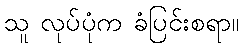
သူ လုပ်ပုံက ခံပြင်းစရာ။